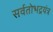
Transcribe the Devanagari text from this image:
सर्वतोभद्रयंत्र